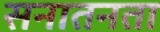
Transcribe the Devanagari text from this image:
सनातनता